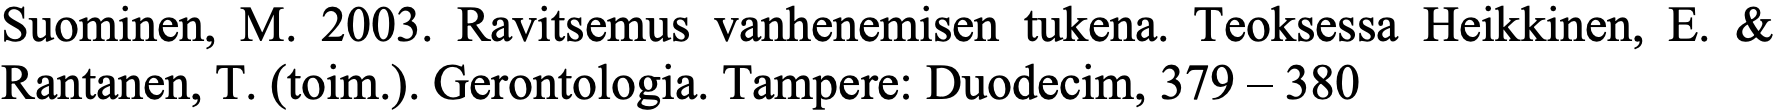
Suominen, M. 2003. Ravitsemus vanhenemisen tukena. Teoksessa Heikkinen, E. & Rantanen, T. (toim.). Gerontologia. Tampere: Duodecim, 379 – 380